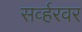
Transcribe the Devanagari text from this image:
सर्व्हरवर